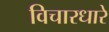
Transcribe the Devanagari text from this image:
विचारधारे